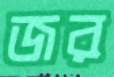
জর